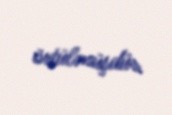
örtülmüşdür.